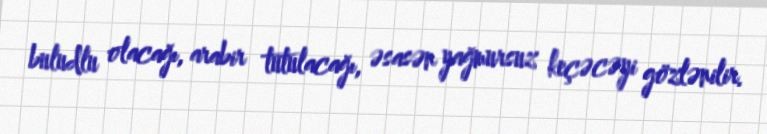
buludlu olacağı, arabir tutulacağı, əsasən yağmursuz keçəcəyi gözlənilir.